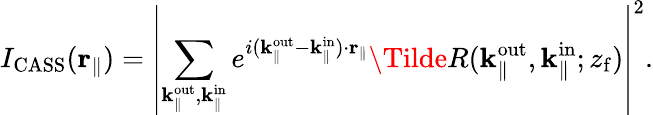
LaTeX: I_{\mathrm{CASS}}(\mathbf{r}_{\parallel})=\left|\sum_{\mathbf{k}_{\parallel}^{\mathrm{out}},\mathbf{k}_{\parallel}^{\mathrm{in}}}e^{i(\mathbf{k}_{\parallel}^{\mathrm{out}}-\mathbf{k}_{\parallel}^{\mathrm{in}})\cdot\mathbf{r}_{\parallel}}\Tilde{R}({\mathbf{k}_{\parallel}^{\mathrm{out}}},\mathbf{k}_{\parallel}^{\mathrm{in}};{z_{\mathrm{f}}})\right|^{2}.